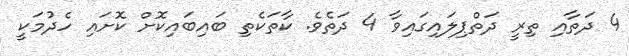
4 ދަތާއި ތިރީ ދަތްޕިލައިގައިވާ 4 ދަތެވެ. ކާތަކެތި ބައިބައިކޮށް ކޮށައި ހެދުމަކީ